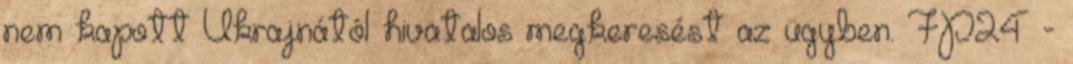
nem kapott Ukrajnától hivatalos megkeresést az ügyben. FP24 -